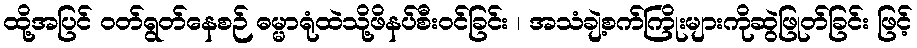
ထို့အပြင် ဝတ်ရွတ်နေစဉ် ဓမ္မာရုံထဲသို့ဖိနပ်စီးဝင်ခြင်း ၊ အသံချဲ့စက်ကြိုးများကိုဆွဲဖြုတ်ခြင်း ဖြင့်